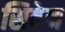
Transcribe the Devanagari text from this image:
सिदेन